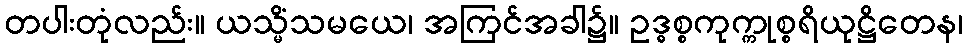
တပါးတုံလည်း။ ယသ္မိံသမယေ၊ အကြင်အခါ၌။ ဥဒ္ဓစ္စကုက္ကုစ္စရိယုဋ္ဌိတေန၊